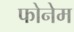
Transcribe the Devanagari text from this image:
फोनेम